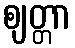
ဈတ္တာ